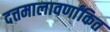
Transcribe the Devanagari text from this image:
दत्तमालावर्णांकित